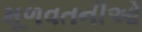
મૂળવતનીઓ